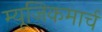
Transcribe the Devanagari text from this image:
म्यूजिकमार्च